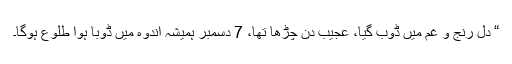
“ دل رنج و غم میں ڈوب گیا، عجیب دن چڑھا تھا، 7 دسمبر ہمیشہ اندوہ میں ڈوبا ہوا طلوع ہوگا۔